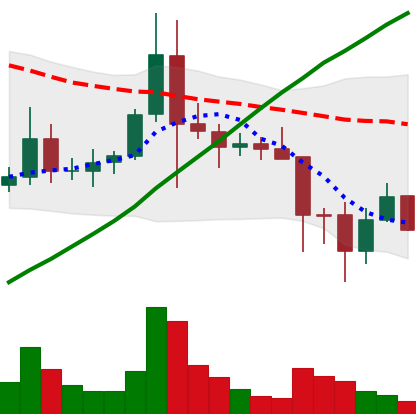
Ticker: ADA-USD
Chart end date: 2021-11-21
Forward return: -16.923%
Label: down_7plus